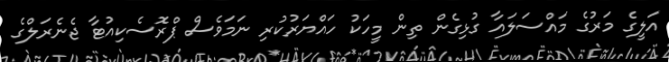
އަލީގެ މަރުގެ މައްސަލައާ ގުޅިގެން ތިން މީހަކު ހައްޔަރުކުރި ނަމަވެސް ޕްރޮސެކިއުޓާ ޖެނެރަލްގެ